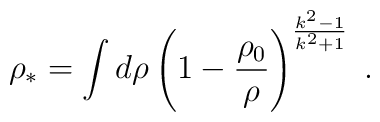
\rho_* = \int d \rho\left( 1 - \frac{\rho_0}{\rho} \right)^{\frac{k^2 - 1}{k^2 + 1}} \; .